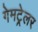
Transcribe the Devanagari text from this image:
गेमट्रेलर